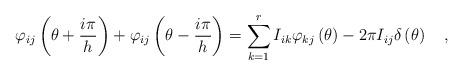
LaTeX: \begin{align*}\varphi _{ij}\left( \theta +\frac{i\pi }{h}\right) +\varphi _{ij}\left(\theta -\frac{i\pi }{h}\right) =\sum\limits_{k=1}^{r}I_{ik}\varphi_{kj}\left( \theta \right) -2\pi I_{ij}\delta \left( \theta \right) \quad ,\end{align*}